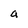
Character: a